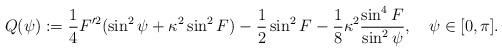
LaTeX: \begin{align*}Q(\psi ):=\frac{1}{4} F'^2(\sin ^2{\psi }+ \kappa ^2 \sin^2{F})-\frac{1}{2} \sin ^2{F}-\frac{1}{8} \kappa ^2\frac{\sin^4{F}}{\sin ^2{\psi }},\quad \psi \in [0,\pi]. \end{align*}